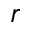
\boldsymbol r